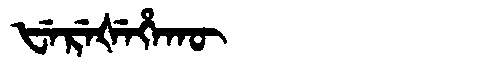
Manchu: ᡶᡝᡵᡝᡧᡝᡥᠠᡴᡡ
Romanization: FEREŠEHAKŪ